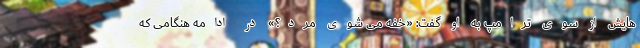
هایش از سوی ترامپ به او گفت: «خفه می شوی مرد؟» در ادامه هنگامی که